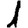
Digit: 1